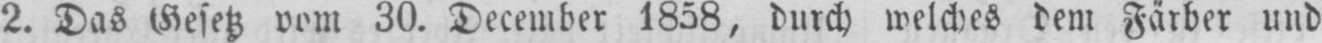
2. Das Gesetz vom 30. December 1858, durch welches dem Färber und